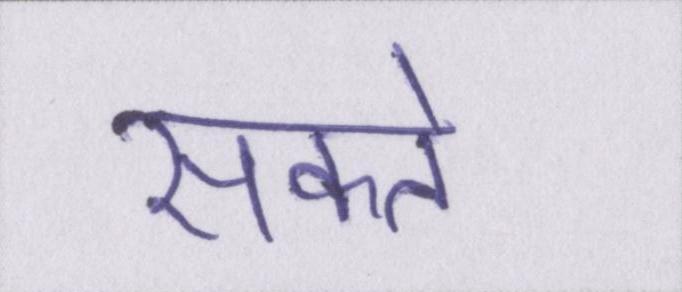
सकते